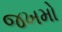
જખમો